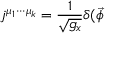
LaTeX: j ^ { \mu _ { 1 } \cdot \cdot \cdot \mu _ { k } } = \frac 1 { \sqrt { g _ { x } } } \delta ( \vec { \phi }